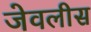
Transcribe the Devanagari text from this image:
जेवलीस